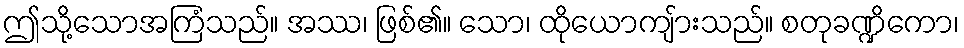
ဤသို့သောအကြံသည်။ အဿ၊ ဖြစ်၏။ သော၊ ထိုယောကျ်ားသည်။ စတုခဏ္ဍိကော၊